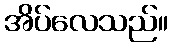
အိပ်လေသည်။